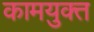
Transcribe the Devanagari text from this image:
कामयुक्त